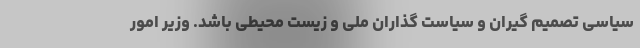
سیاسی تصمیم گیران و سیاست گذاران ملی و زیست محیطی باشد. وزیر امور